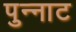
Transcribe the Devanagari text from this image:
पुन्नाट